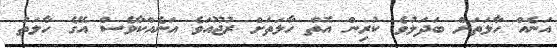
އަނެއް ހާލަތަށް ބަދަލުވެ ކުރިން އޮތް ހާލަތަށް ރުޖޫއަވެ އަނެއްކާވެސް އޭގެ ހާލަތު